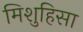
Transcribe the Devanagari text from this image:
मिशुहिसा